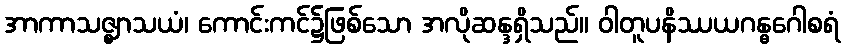
အာကာသဇ္ဈာသယံ၊ ကောင်းကင်၌ဖြစ်သော အလိုဆန္ဒရှိသည်။ ဝါတူပနိဿယဂန္ဓဂေါစရံ